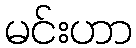
မင်းဟာ